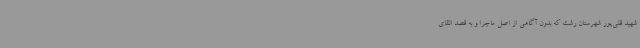
شهید قلی‌پور شهرستان رشت که بدون آگاهی از اصل ماجرا و به قصد القای